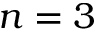
n = 3